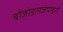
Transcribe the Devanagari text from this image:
बोंजोडायजेपाइनों